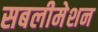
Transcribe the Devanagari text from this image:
सबलीमेशन